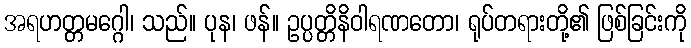
အရဟတ္တမဂ္ဂေါ၊ သည်။ ပုန၊ ဖန်။ ဥပ္ပတ္တိနိဝါရဏတော၊ ရုပ်တရားတို့၏ ဖြစ်ခြင်းကို